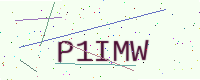
Text: P1IMW